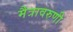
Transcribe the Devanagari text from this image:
मैत्रावरुणी